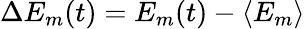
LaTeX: \Delta E_{m}(t)=E_{m}(t)-\langle E_{m}\rangle